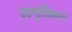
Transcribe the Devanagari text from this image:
एल्युशियन